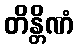
တိန္တိဏံ